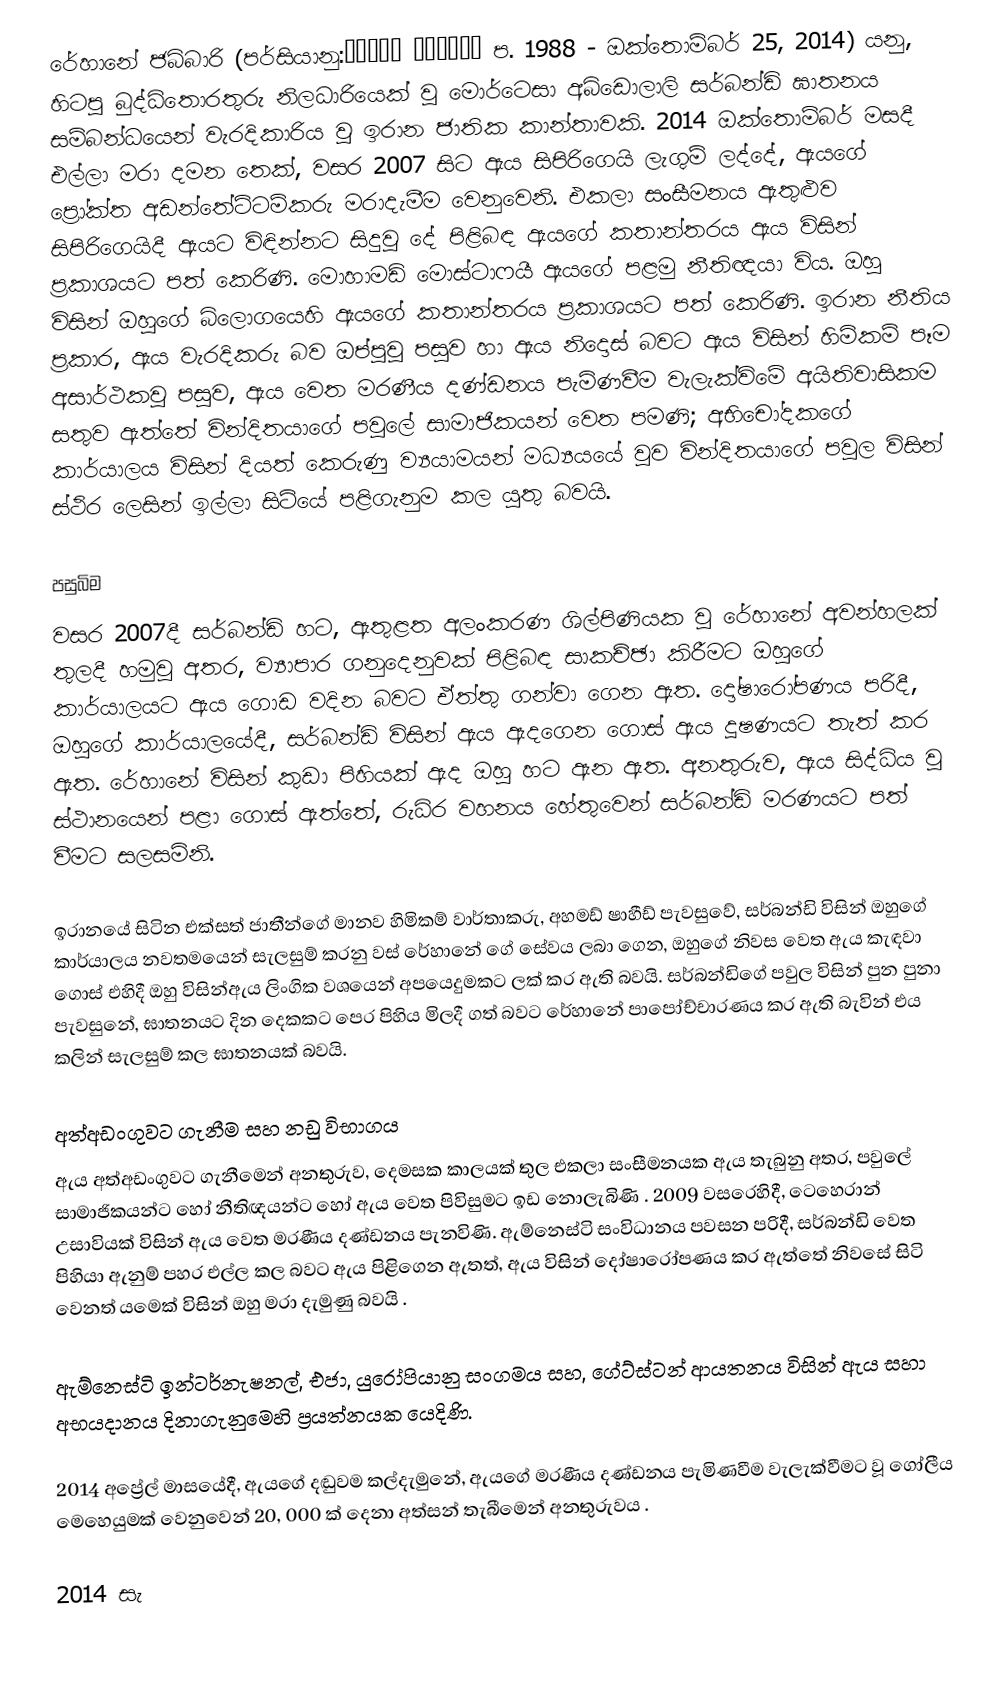
රේහානේ ජබ්බාරි (පර්සියානු:ریحانه جباری ප. 1988 - ඔක්තොම්බර් 25, 2014) යනු,  හිටපු බුද්ධිතොරතුරු නිලධාරියෙක් වූ මොර්ටෙසා අබ්ඩොලාලි සර්බන්ඩි  ඝාතනය සම්බන්ධයෙන් වැරදිකාරිය වූ ඉරාන ජාතික කාන්තාවකි. 2014 ඔක්තොම්බර් මසදී එල්ලා මරා දමන තෙක්,   වසර 2007 සිට ඇය  සිපිරිගෙයි ලැගුම් ලද්දේ,  ඇයගේ ප්‍රෝක්ත අඩන්තේට්ටම්කරු මරාදැමීම වෙනුවෙනි.  එකලා සංසීමනය ඇතුළුව සිපිරිගෙයිදී ඇයට විඳින්නට සිදුවූ දේ පිළිබඳ ඇයගේ කතාන්තරය ඇය විසින් ප්‍රකාශයට පත් කෙරිණි. මොහාමඩ් මොස්ටාෆයී ඇයගේ පළමු නීතිඥයා විය. ඔහු විසින් ඔහුගේ බ්ලොගයෙහි ඇයගේ කතාන්තරය ප්‍රකාශයට පත් කෙරිණි. ඉරාන නීතිය ප්‍රකාර, ඇය වැරදිකරු බව ඔප්පුවූ පසුව හා ඇය නිදොස් බවට ඇය විසින් හිමිකම් පෑම අසාර්ථකවූ පසුව, ඇය වෙත මරණීය දණ්ඩනය පැමිණවීම වැලැක්විමේ අයිතිවාසිකම සතුව ඇත්තේ වින්දිතයාගේ පවුලේ සාමාජිකයන් වෙත පමණි; අභිචෝදකගේ කාර්යාලය විසින් දියත් කෙරුණු ව්‍යයාමයන් මධ්‍යයයේ වුව වින්දිතයාගේ පවුල විසින් ස්ථිර ලෙසින් ඉල්ලා සිටියේ පළිගැනුම කල යුතු බවයි.

පසුබිම
වසර 2007දී සර්බන්ඩි  හට, ඇතුළත අලංකරණ ශිල්පිණියක වූ රේහානේ අවන්හලක් තුලදී හමුවූ අතර, ව්‍යාපාර ගනුදෙනුවක් පිළිබඳ සාකච්ඡා කිරීමට ඔහුගේ කාර්යාලයට ඇය ගොඩ වදින බවට ඒත්තු ගන්වා ගෙන ඇත. දෝෂාරෝපණය පරිදී, ඔහුගේ කාර්යාලයේදී, සර්බන්ඩි විසින් ඇය ඇදගෙන ගොස් ඇය දූෂණයට තැත් කර ඇත. රේහානේ විසින් කුඩා පිහියක් ඇද ඔහු හට ඇන ඇත. අනතුරුව, ඇය සිද්ධිය වූ ස්ථානයෙන් පළා ගොස් ඇත්තේ, රුධිර වහනය හේතුවෙන් සර්බන්ඩි මරණයට පත් වීමට සලසමිනි.

ඉරානයේ සිටින එක්සත් ජාතීන්ගේ මානව හිමිකම් වාර්තාකරු, අහමඩ් ෂාහීඩ් පැවසුවේ, සර්බන්ඩි විසින් ඔහුගේ කාර්යාලය නවතමයෙන් සැලසුම් කරනු වස් රේහානේ ගේ සේවය ලබා ගෙන, ඔහුගේ නිවස වෙත ඇය කැඳවා ගොස් එහිදී ඔහු විසින්ඇය ලිංගික වශයෙන් අපයෙදුමකට ලක් කර ඇති බවයි. සර්බන්ඩිගේ පවුල විසින් පුන පුනා පැවසුනේ, ඝාතනයට දින දෙකකට පෙර පිහිය මිලදී ගත් බවට රේහානේ පාපෝච්චාරණය කර ඇති බැවින් එය කලින් සැලසුම් කල ඝාතනයක් බවයි.

අත්අඩංගුවට ගැනීම සහ නඩු විභාගය
ඇය අත්අඩංගුවට ගැනීමෙන් අනතුරුව, දෙමසක කාලයක් තුල එකලා සංසීමනයක ඇය තැබුනු අතර, පවුලේ සාමාජිකයන්ට හෝ නීතිඥයන්ට හෝ ඇය වෙත පිවිසුමට ඉඩ නොලැබිණි . 2009 වසරෙහිදී, ටෙහෙරාන් උසාවියක් විසින් ඇය වෙත මරණීය දණ්ඩනය පැනවිණි. ඇම්නෙස්ටි සංවිධානය පවසන පරිදී, සර්බන්ඩි වෙත පිහියා ඇනුම් පහර එල්ල කල බවට ඇය පිළිගෙන ඇතත්, ඇය විසින් දෝෂාරෝපණය කර ඇත්තේ නිවසේ සිටි වෙනත් යමෙක් විසින් ඔහු මරා දැමුණු බවයි .

ඇම්නෙස්ටි ඉන්ටර්නැෂනල්, එජා, යුරෝපියානු සංගමය සහ, ගේට්ස්ටන් ආයතනය විසින් ඇය සහා අභයදානය දිනාගැනුමෙහි ප්‍රයත්නයක යෙදිණි.

2014 අප්‍රේල් මාසයේදී, ඇයගේ දඬුවම කල්දැමුනේ, ඇයගේ මරණීය දණ්ඩනය පැමිණවීම වැලැක්වීමට වූ ගෝලීය මෙහෙයුමක් වෙනුවෙන් 20, 000 ක් දෙනා  අත්සන් තැබීමෙන් අනතුරුවය .

2014 සැ